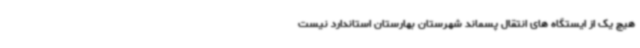
هیچ یک از ایستگاه های انتقال پسماند شهرستان بهارستان استاندارد نیست